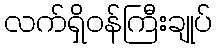
လက်ရှိဝန်ကြီးချုပ်